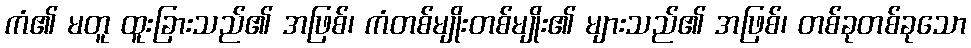
ကံ၏ မတူ ထူးခြားသည်၏ အဖြစ်၊ ကံတစ်မျိုးတစ်မျိုး၏ များသည်၏ အဖြစ်၊ တစ်ခုတစ်ခုသော